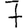
Digit: 7